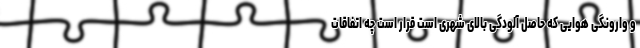
و وارونگی هوایی که حاصل آلودگی بالای شهری است قرار است چه اتفاقات